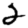
Digit: 2